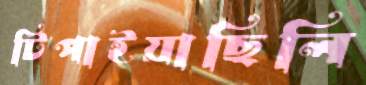
টিপাইয়াছিলি